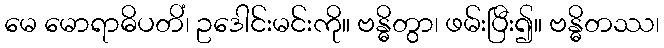
မေ မောရာဓိပတိံ၊ ဥဒေါင်းမင်းကို။ ဗန္ဓိတွာ၊ ဖမ်းပြီး၍။ ဗန္ဓိတဿ၊